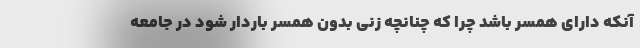
آنکه دارای همسر باشد چرا که چنانچه زنی بدون همسر باردار شود در جامعه